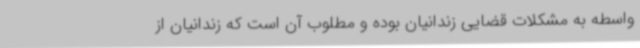
واسطه به مشکلات قضایی زندانیان بوده و مطلوب آن است که زندانیان از